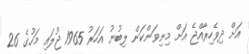
އަށް ދިވެހިރާއްޖެ އަށް މިނިވަންކަން ލިބުނު އަހަރު 1965 ޖުލައި މަހުގެ 26